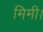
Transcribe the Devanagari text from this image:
मिमी।